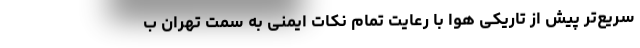
سریع‌تر پیش از تاریکی هوا با رعایت تمام نکات ایمنی به سمت تهران ب